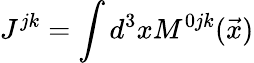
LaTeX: J^{jk}=\int d^{3}xM^{0jk}(\vec{x})